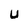
Character: U